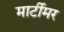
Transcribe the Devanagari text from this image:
मार्टीमर